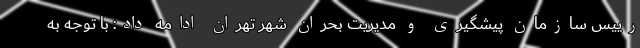
رییس سازمان پیشگیری و مدیریت بحران شهر تهران ادامه داد: با توجه به